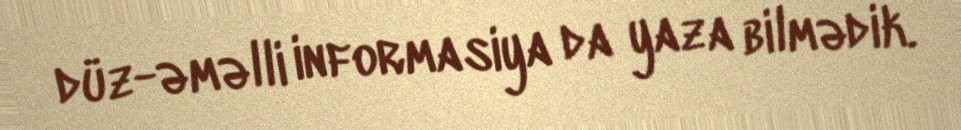
düz-əməlli informasiya da yaza bilmədik.